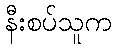
နီးစပ်သူက